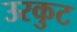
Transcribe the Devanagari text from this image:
उरकुट